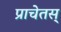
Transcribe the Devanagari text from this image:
प्राचेतस्